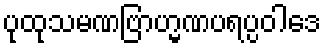
ပုထုသမဏဗြာဟ္မဏပရပ္ပဝါဒေ